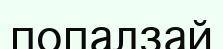
попалзай